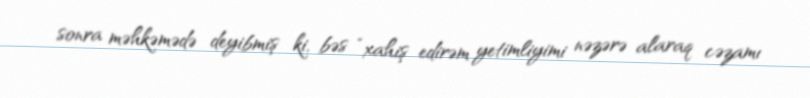
sonra məhkəmədə deyibmiş ki, bəs “xahiş edirəm yetimliyimi nəzərə alaraq cəzamı